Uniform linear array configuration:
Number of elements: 12
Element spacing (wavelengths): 0.75
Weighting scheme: hann
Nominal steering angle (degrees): -60
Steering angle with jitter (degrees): -61.662
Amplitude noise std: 0.05
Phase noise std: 0.05

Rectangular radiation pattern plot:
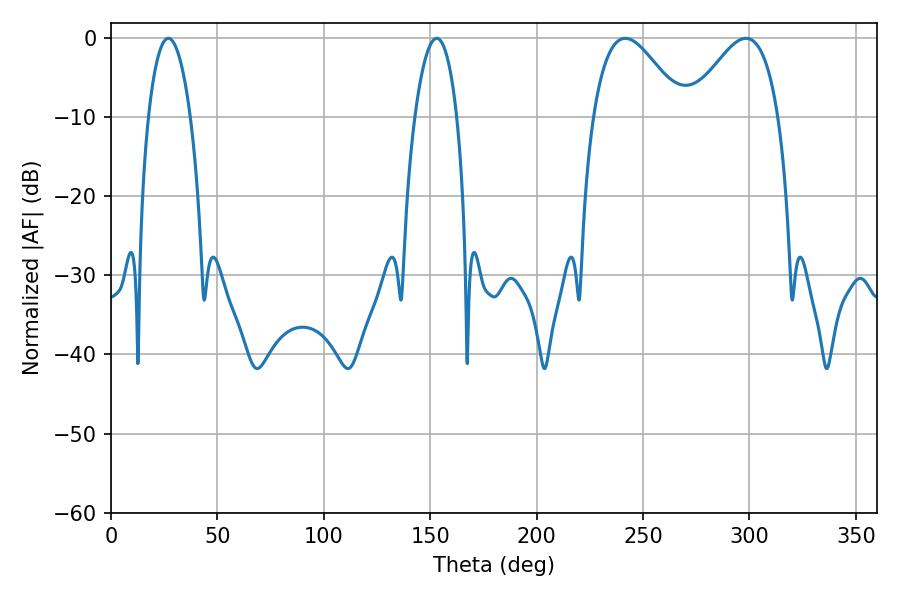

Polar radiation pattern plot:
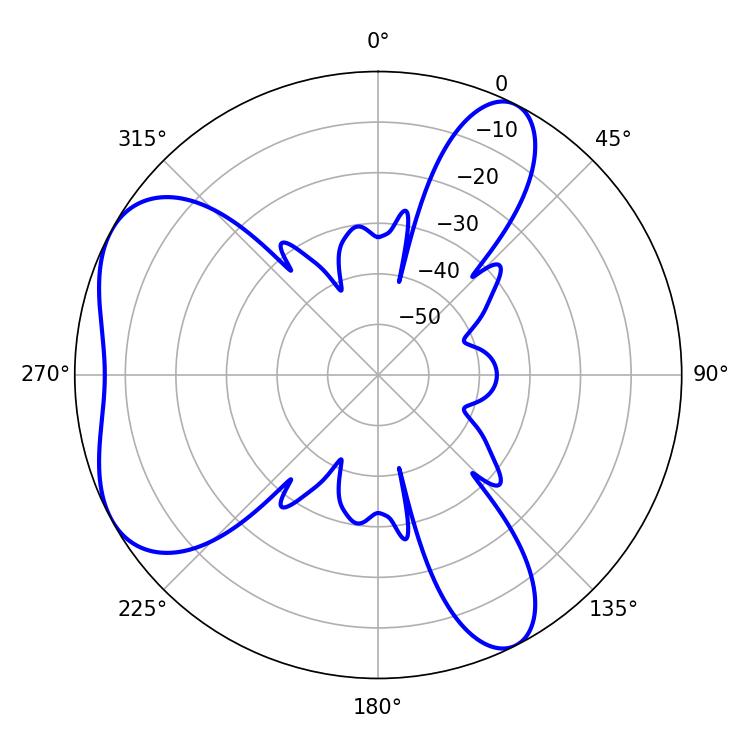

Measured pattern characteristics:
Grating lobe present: TRUE
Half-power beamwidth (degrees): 22.68
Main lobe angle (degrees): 241.74